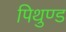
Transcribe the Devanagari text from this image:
पिथुण्ड